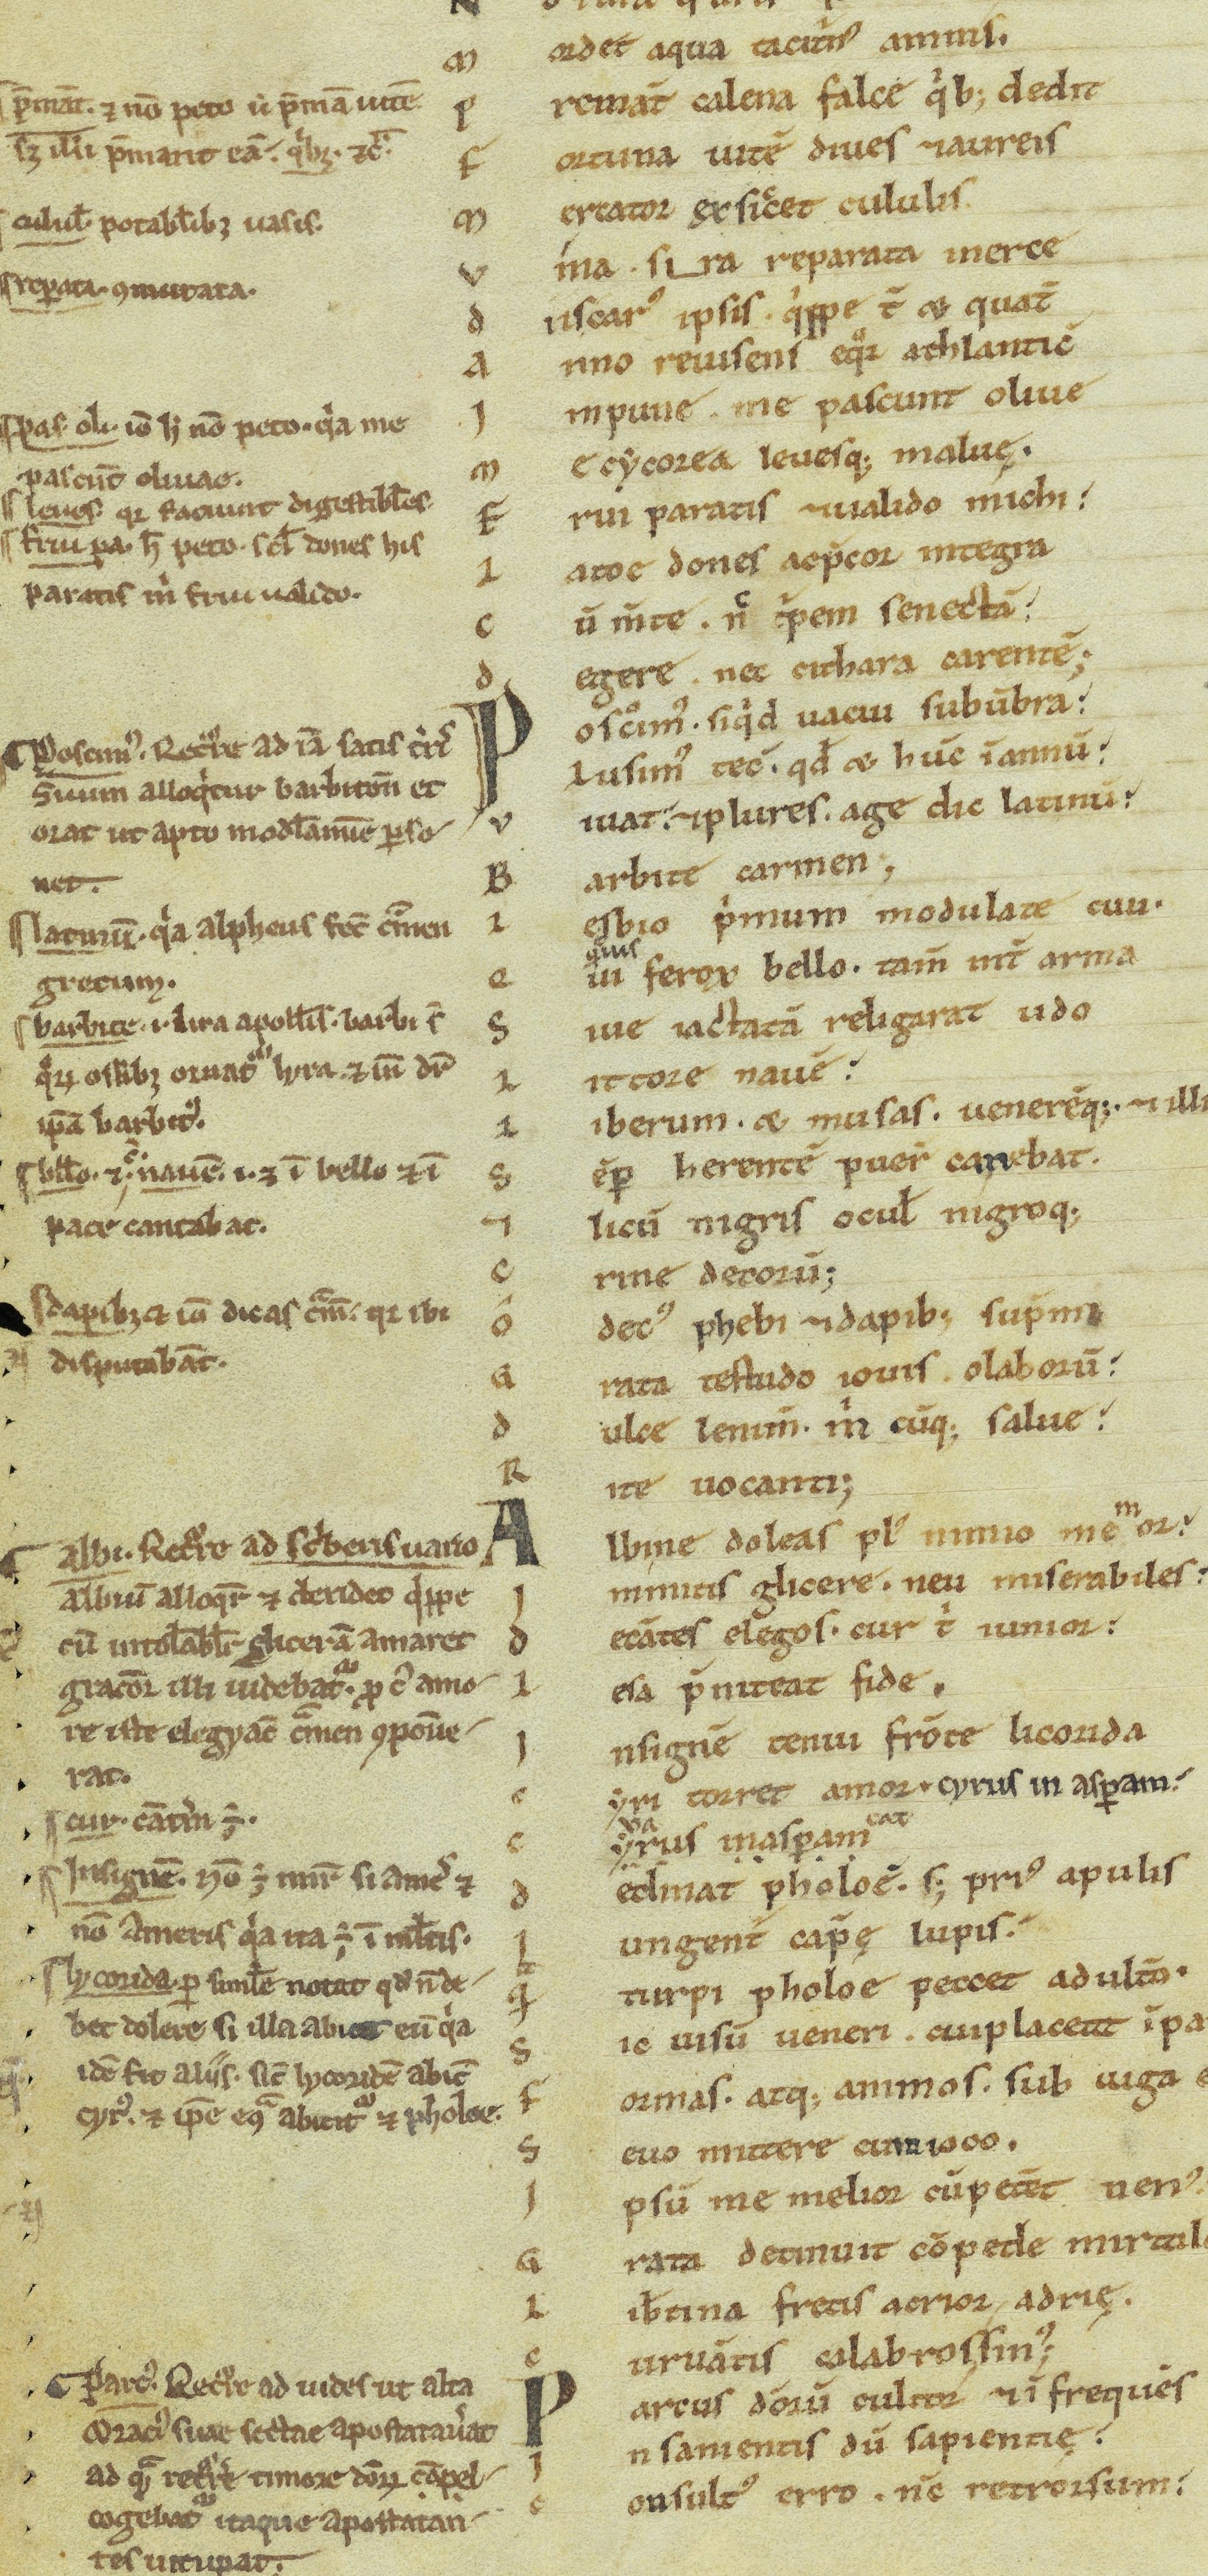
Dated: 1100–1199